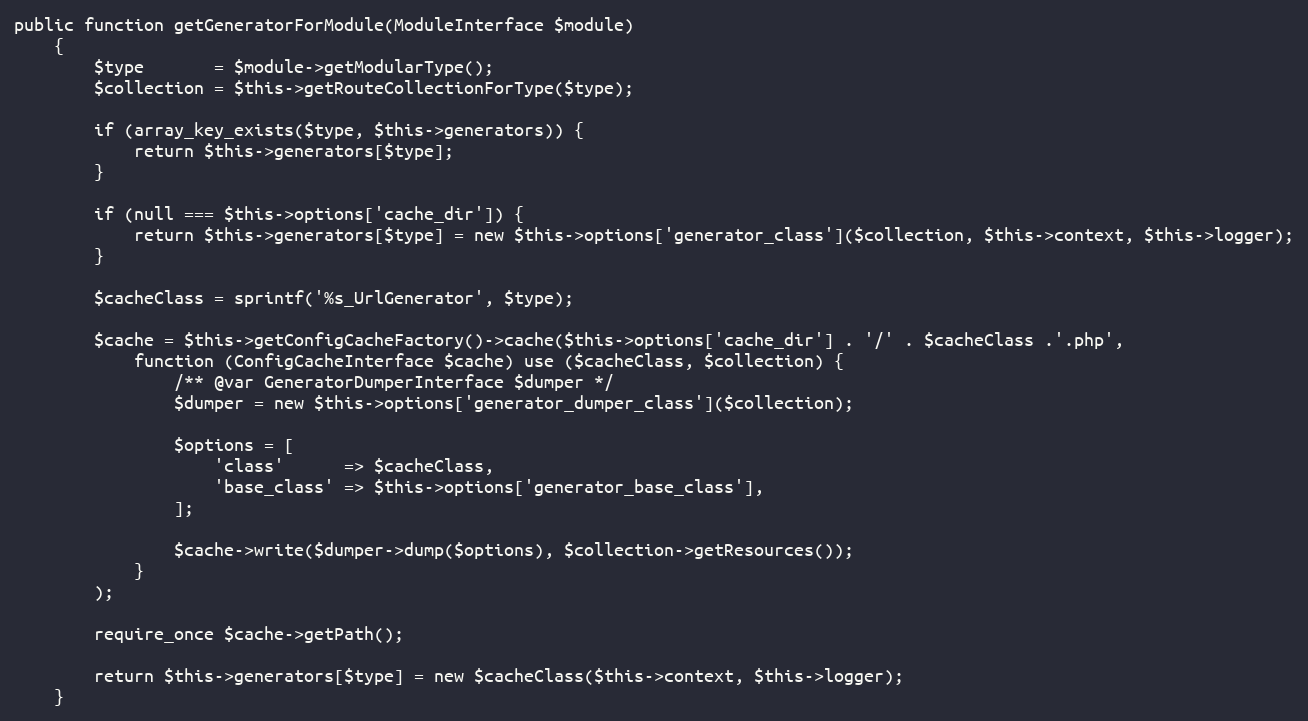
Language: PHP
public function getGeneratorForModule(ModuleInterface $module)
    {
        $type       = $module->getModularType();
        $collection = $this->getRouteCollectionForType($type);

        if (array_key_exists($type, $this->generators)) {
            return $this->generators[$type];
        }

        if (null === $this->options['cache_dir']) {
            return $this->generators[$type] = new $this->options['generator_class']($collection, $this->context, $this->logger);
        }

        $cacheClass = sprintf('%s_UrlGenerator', $type);

        $cache = $this->getConfigCacheFactory()->cache($this->options['cache_dir'] . '/' . $cacheClass .'.php',
            function (ConfigCacheInterface $cache) use ($cacheClass, $collection) {
                /** @var GeneratorDumperInterface $dumper */
                $dumper = new $this->options['generator_dumper_class']($collection);

                $options = [
                    'class'      => $cacheClass,
                    'base_class' => $this->options['generator_base_class'],
                ];

                $cache->write($dumper->dump($options), $collection->getResources());
            }
        );

        require_once $cache->getPath();

        return $this->generators[$type] = new $cacheClass($this->context, $this->logger);
    }